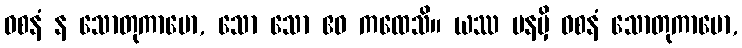
ဝစနံ န သောတုကာမော, သော သော ဧဝ ကထေသိ။ ယဿ ပနမှိ ဝစနံ သောတုကာမော,